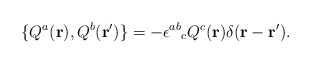
\begin{align*}\{Q^a ({\bf r}),Q^b({\bf r'})\}=-{\epsilon^{ab}}_{c}Q^c({\bf r})\delta({\bf r}-{\bf r'}).\end{align*}